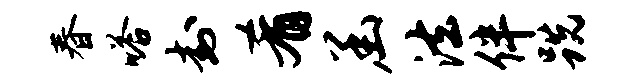
春嗒封肴函法伴跣